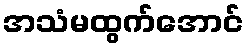
အသံမထွက်အောင်